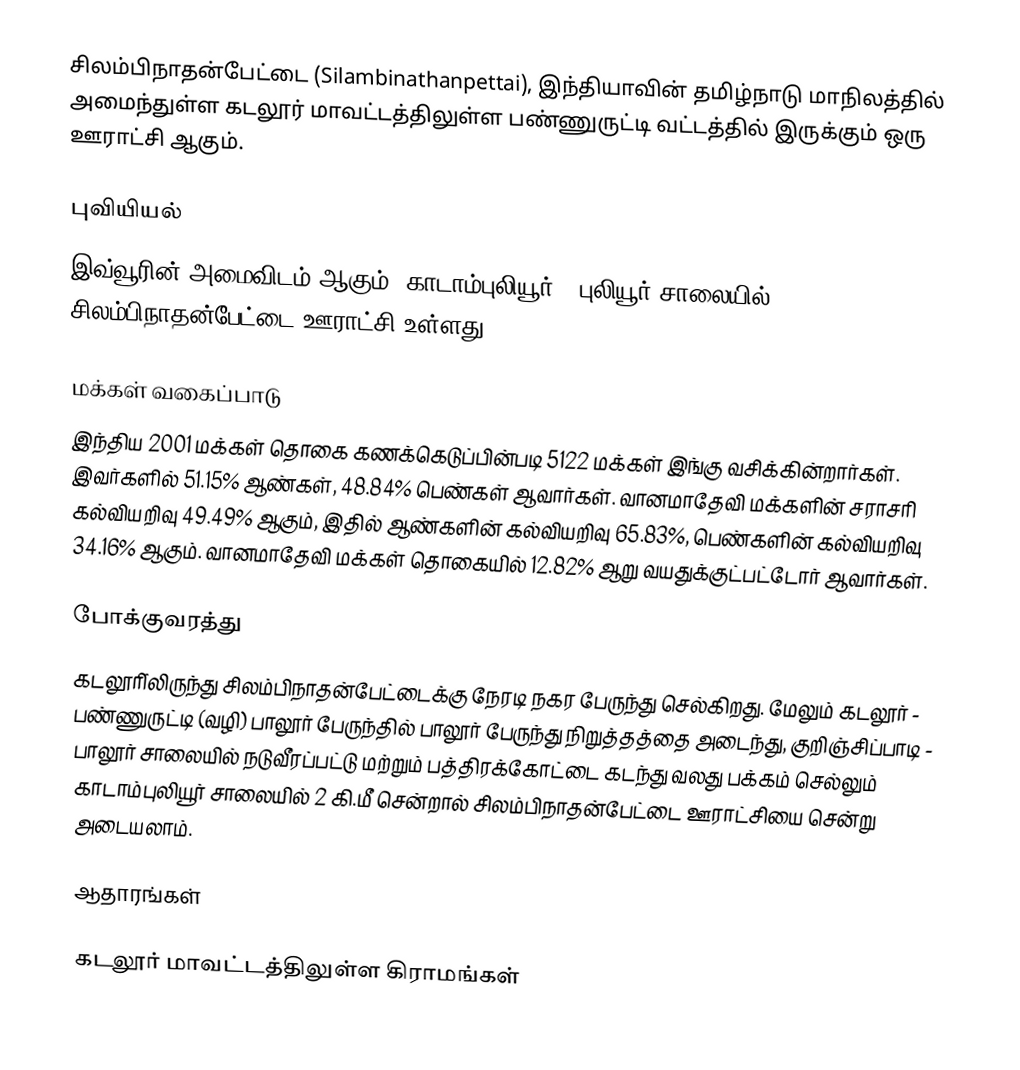
சிலம்பிநாதன்பேட்டை (Silambinathanpettai), இந்தியாவின் தமிழ்நாடு மாநிலத்தில் அமைந்துள்ள கடலூர்  மாவட்டத்திலுள்ள பண்ணுருட்டி வட்டத்தில் இருக்கும் ஒரு ஊராட்சி ஆகும்.

புவியியல்
இவ்வூரின் அமைவிடம்  ஆகும். காடாம்புலியூர் - புலியூர் சாலையில் சிலம்பிநாதன்பேட்டை ஊராட்சி உள்ளது

மக்கள் வகைப்பாடு
இந்திய 2001 மக்கள் தொகை கணக்கெடுப்பின்படி 5122 மக்கள் இங்கு வசிக்கின்றார்கள். இவர்களில் 51.15% ஆண்கள், 48.84% பெண்கள் ஆவார்கள். வானமாதேவி மக்களின் சராசரி கல்வியறிவு 49.49% ஆகும்,  இதில் ஆண்களின் கல்வியறிவு 65.83%,  பெண்களின் கல்வியறிவு 34.16% ஆகும். வானமாதேவி மக்கள் தொகையில் 12.82%  ஆறு வயதுக்குட்பட்டோர் ஆவார்கள்.

போக்குவரத்து
கடலூரி்லிருந்து சிலம்பிநாதன்பேட்டைக்கு நேரடி நகர பேருந்து செல்கிறது. மேலும் கடலூர் - பண்ணுருட்டி (வழி) பாலூர் பேருந்தில் பாலூர்  பேருந்து நிறுத்தத்தை அடைந்து, குறிஞ்சிப்பாடி - பாலூர் சாலையில் நடுவீரப்பட்டு  மற்றும்  பத்திரக்கோட்டை கடந்து வலது பக்கம் செல்லும் காடாம்புலியூர் சாலையில் 2 கி.மீ சென்றால் சிலம்பிநாதன்பேட்டை ஊராட்சியை சென்று அடையலாம்.

ஆதாரங்கள்

கடலூர் மாவட்டத்திலுள்ள கிராமங்கள்